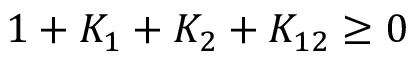
1 + K _ { 1 } + K _ { 2 } + K _ { 1 2 } \ge 0